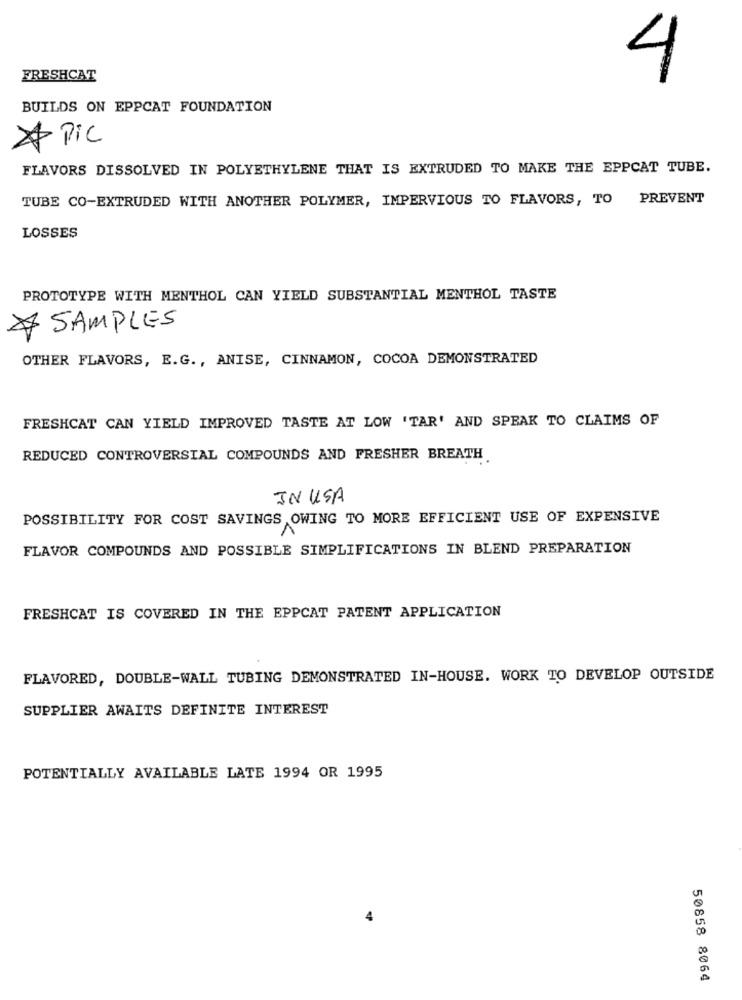
4
FRESHCAT
BUILDS ON EPPCAT FOUNDATION
Pic
FLAVORS DISSOLVED IN POLYETHYLENE THAT IS EXTRUDED TO MAKE THE EPPCAT TUBE.
TUBE CO-EXTRUDED WITH ANOTHER POLYMER, IMPERVIOUS TO FLAVORS, TO PREVENT
LOSSES
PROTOTYPE WITH MENTHOL CAN YIELD SUBSTANTIAL MENTHOL TASTE
7 SAMPLES
OTHER FLAVORS, E.G ., ANISE, CINNAMON, COCOA DEMONSTRATED
FRESHCAT CAN YIELD IMPROVED TASTE AT LOW 'TAR' AND SPEAK TO CLAIMS OF
REDUCED CONTROVERSIAL COMPOUNDS AND FRESHER BREATH
IN USA
POSSIBILITY FOR COST SAVINGS OWING TO MORE EFFICIENT USE OF EXPENSIVE
FLAVOR COMPOUNDS AND POSSIBLE SIMPLIFICATIONS IN BLEND PREPARATION
FRESHCAT IS COVERED IN THE EPPCAT PATENT APPLICATION
FLAVORED, DOUBLE-WALL TUBING DEMONSTRATED IN-HOUSE. WORK TO DEVELOP OUTSIDE
SUPPLIER AWAITS DEFINITE INTEREST
POTENTIALLY AVAILABLE LATE 1994 OR 1995
50858 8064